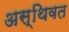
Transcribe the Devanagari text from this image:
अस्थिवत